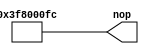
// Copyright (C) 2020  Intel Corporation. All rights reserved.
// Your use of Intel Corporation's design tools, logic functions 
// and other software and tools, and any partner logic 
// functions, and any output files from any of the foregoing 
// (including device programming or simulation files), and any 
// associated documentation or information are expressly subject 
// to the terms and conditions of the Intel Program License 
// Subscription Agreement, the Intel Quartus Prime License Agreement,
// the Intel FPGA IP License Agreement, or other applicable license
// agreement, including, without limitation, that your use is for
// the sole purpose of programming logic devices manufactured by
// Intel and sold by Intel or its authorized distributors.  Please
// refer to the applicable agreement for further details, at
// https://fpgasoftware.intel.com/eula.

// PROGRAM		"Quartus Prime"
// VERSION		"Version 20.1.1 Build 720 11/11/2020 SJ Lite Edition"
// CREATED		"Wed Jun 16 22:59:55 2021"

module microinstruction_nop(
	nop
);


output wire	[32:0] nop;

wire	[32:0] nop_ALTERA_SYNTHESIZED;









assign	nop = nop_ALTERA_SYNTHESIZED;
assign	nop_ALTERA_SYNTHESIZED[7:2] = 6'b111111;
assign	nop_ALTERA_SYNTHESIZED[29:23] = 7'b1111111;
assign	nop_ALTERA_SYNTHESIZED[1:0] = 2'b00;
assign	nop_ALTERA_SYNTHESIZED[22:8] = 15'b000000000000000;
assign	nop_ALTERA_SYNTHESIZED[32:30] = 3'b000;

endmodule